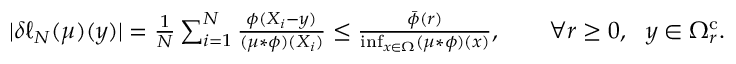
\begin{array} { r } { | \delta \ell _ { N } ( \mu ) ( y ) | = \frac { 1 } { N } \sum _ { i = 1 } ^ { N } \frac { \phi ( X _ { i } - y ) } { ( \mu * \phi ) ( X _ { i } ) } \leq \frac { \bar { \phi } ( r ) } { \operatorname* { i n f } _ { x \in \Omega } ( \mu * \phi ) ( x ) } , \qquad \forall r \geq 0 , ~ ~ y \in \Omega _ { r } ^ { \mathrm { c } } . } \end{array}